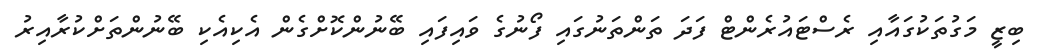
ބިޒީ މަގުތަކުގައާއި ރެސްޓައުރެންޓް ފަދަ ތަންތަނުގައި ފޯނުގެ ވައިފައި ބޭނުންކޮށްގެން އެކިއެކި ބޭނުންތަށްކުރާއިރު